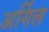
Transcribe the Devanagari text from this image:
अर्गिल